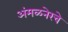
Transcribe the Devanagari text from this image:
अंमळनेरचे